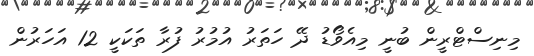
މިނިސްޓްރީން ބުނީ މިއެވޯޑު ދޭ ހަތަރު އުމުރު ފުރާ ތަކަކީ 12 އަހަރުން